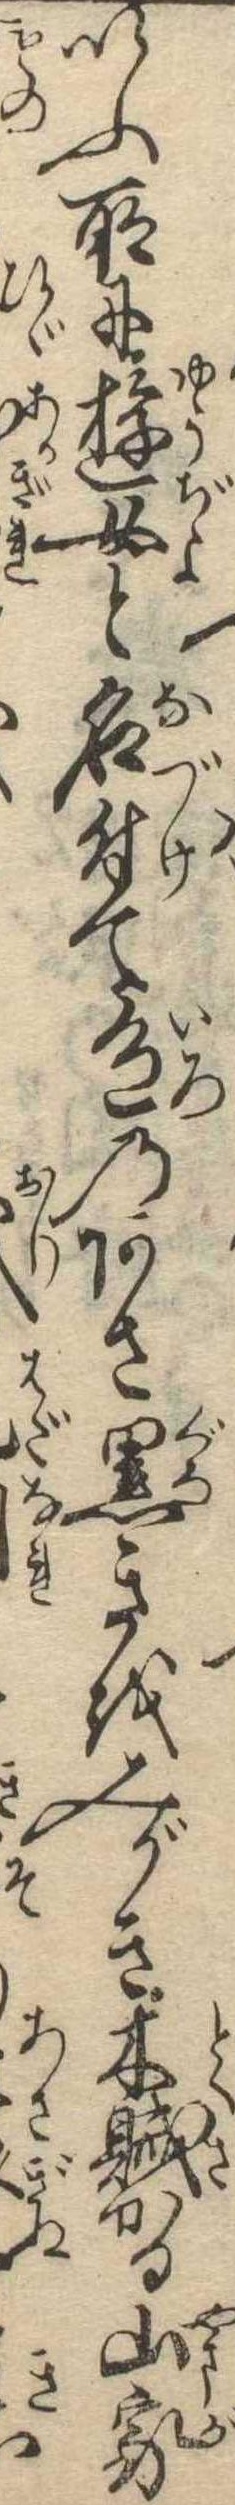
いふ所に遊女と名付て色のあさ黒きをみがき木賊かる山家